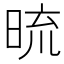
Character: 𭦓